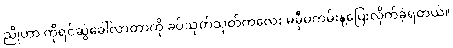
ညိုဟာ ကိုရင်ဆွဲခေါ်လာတာကို ခပ်သုတ်သုတ်ကလေး မမှီမကမ်းနဲ့ပြေးလိုက်ခဲ့ရတယ်။